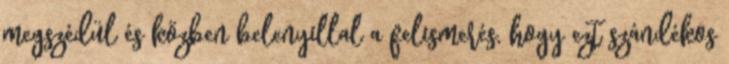
megszédül és közben belenyillal a felismerés, hogy ezt szándékos